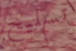
تسليح